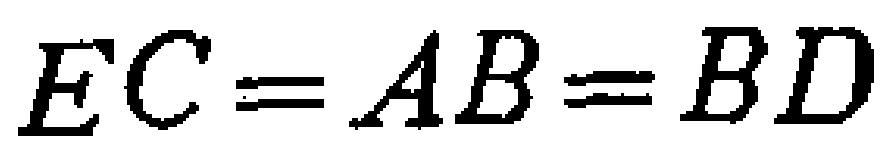
$EC = AB = BD$